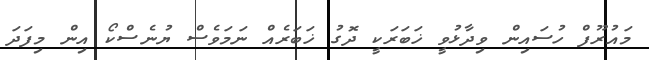
މައުރޫފް ހުސައިން ވިދާޅުވީ ޚަބަރަކީ ދޮގު ޚަބަރެއް ނަމަވެސް ޔުނެސްކޯ އިން މިފަދަ